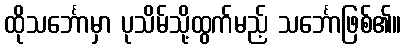
ထိုသင်္ဘောမှာ ပုသိမ်သို့ထွက်မည့် သင်္ဘောဖြစ်၏။